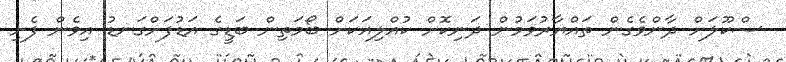
ސްކޫލަށް ދާންވެގެން ތައްޔާރުވަމުން ދަނިކޮށް ކުއްލިއަކަށް ބޯމަތިން ބަޑީގެ އަޑުފަށްގަނޑު އިވެން ފެށި